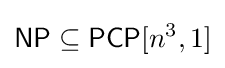
{\mathsf {NP}}\subseteq {\mathsf {PCP}}[n^{3},1]